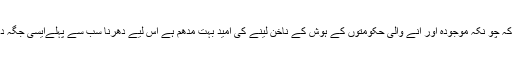
آج اور مستقبل کے دھرنے والوں سے یہ گزارش لازمی ہوگی کہ چو نکہ موجودہ اور آنے والی حکومتوں کے ہوش کے ناخن لینے کی امید بہت مدھم ہے اس لیے دھرنا سب سے پہلےایسی جگہ دیا جائے جہاں عام عوام کے بجائے، تکلیف ارباب اختیار کو ہو۔